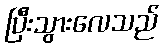
ပြီးသွားလေသည်